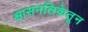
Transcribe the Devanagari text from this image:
श्वासनलिकेतून